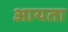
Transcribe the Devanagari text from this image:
आयता